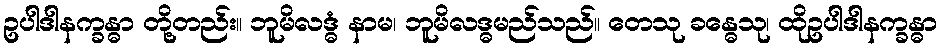
ဥပါဒါနက္ခန္ဓာ တို့တည်း။ ဘူမိလဒ္ဓံ နာမ၊ ဘူမိလဒ္ဓမည်သည်။ တေသု ခန္ဓေသု၊ ထိုဥပါဒါနက္ခန္ဓာ